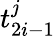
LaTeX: t_{2i-1}^{j}